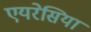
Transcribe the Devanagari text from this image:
एयरेसिया